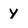
Character: Y